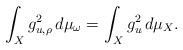
LaTeX: \begin{align*}\int_X g_{u,\rho}^2\, d\mu_\omega=\int_X g_u^2\, d\mu_X.\end{align*}